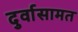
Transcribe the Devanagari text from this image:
दुर्वासामत